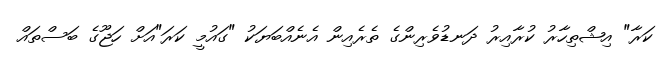
ކަރާ" އިޝްތިހާރު ކުރާއިރު ދަނޑުވެރިންގެ ތެރެއިން އެނެއްބަޔަކު "ގައުމީ ކަރަ"އަށް ހަޖޫގެ ބަސްތައް